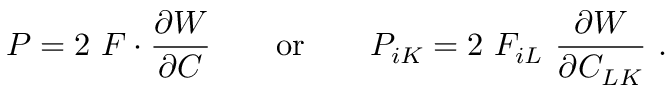
{ \boldsymbol { P } } = 2 ~ { \boldsymbol { F } } \cdot { \frac { \partial W } { \partial { \boldsymbol { C } } } } \qquad { \mathrm { o r } } \qquad P _ { i K } = 2 ~ F _ { i L } ~ { \frac { \partial W } { \partial C _ { L K } } } ~ .